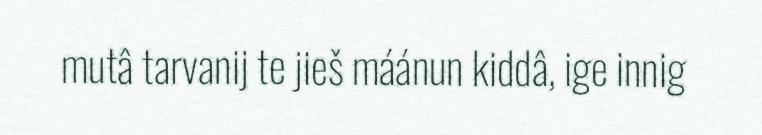
mutâ tarvanij te jieš máánun kiddâ, ige innig